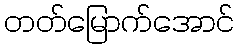
တတ်မြောက်အောင်